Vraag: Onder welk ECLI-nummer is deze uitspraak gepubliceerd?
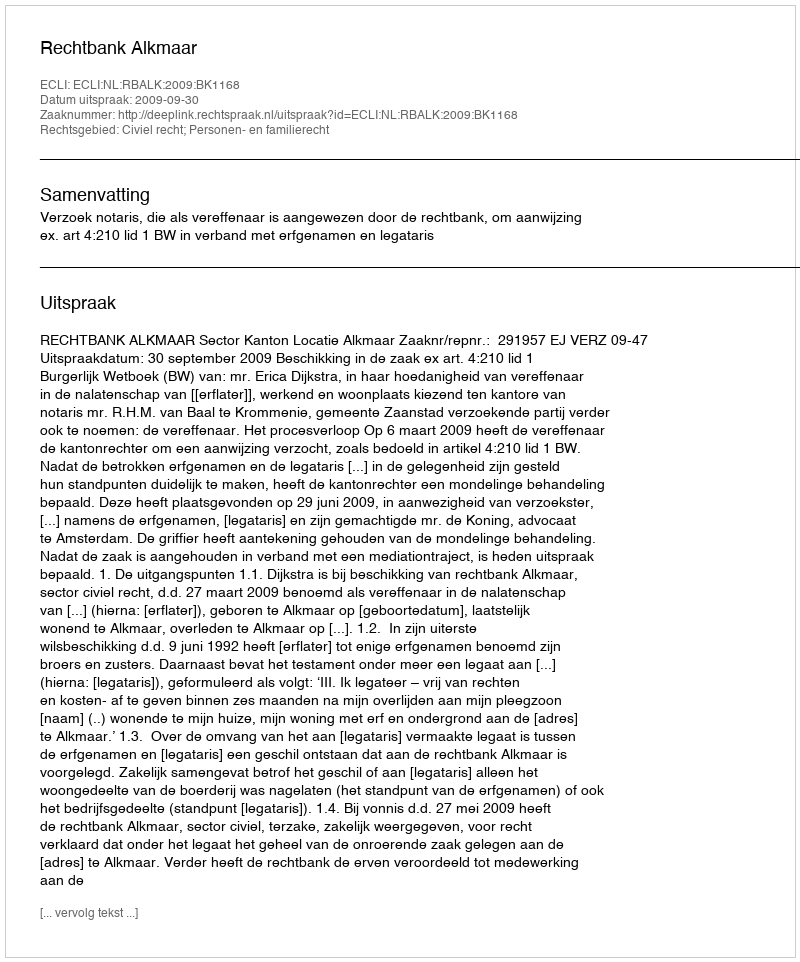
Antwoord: ECLI:NL:RBALK:2009:BK1168